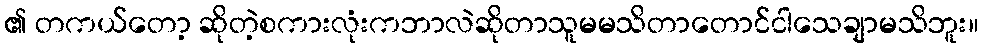
၏ တကယ်တော့ ဆိုတဲ့စကားလုံးကဘာလဲဆိုတာသူမမသိတာတောင်ငါသေချာမသိဘူး။